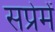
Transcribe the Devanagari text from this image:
सप्रेमें